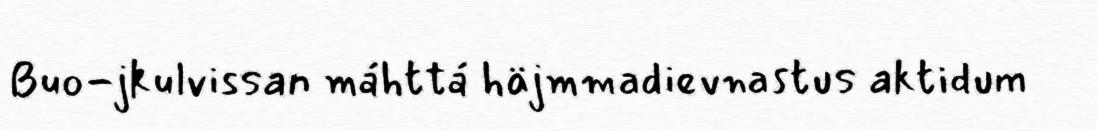
Buo-jkulvissan máhttá häjmmadievnastus aktidum